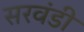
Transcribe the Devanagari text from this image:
सरवंडी